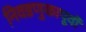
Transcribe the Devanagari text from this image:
निवडणुकापूर्वी